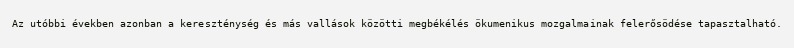
Az utóbbi években azonban a kereszténység és más vallások közötti megbékélés ökumenikus mozgalmainak felerősödése tapasztalható.